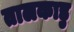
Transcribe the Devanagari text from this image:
तालकाड़ु